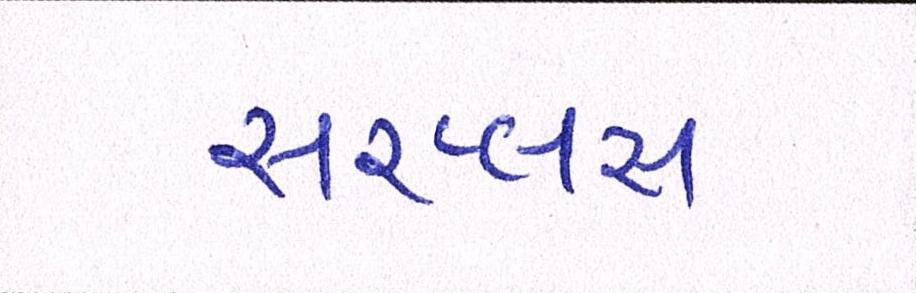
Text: સરપ્લસ